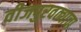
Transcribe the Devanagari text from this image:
वीजपुरवठ्याचा